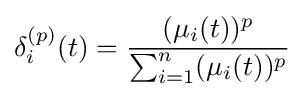
\delta _{i}^{(p)}(t)={\frac {(\mu _{i}(t))^{p}}{\sum _{i=1}^{n}(\mu _{i}(t))^{p}}}